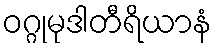
ဝဂ္ဂုမုဒါတီရိယာနံ